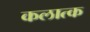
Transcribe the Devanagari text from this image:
कलात्क